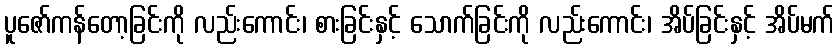
ပူဇော်ကန်တော့ခြင်းကို လည်းကောင်း၊ စားခြင်းနှင့် သောက်ခြင်းကို လည်းကောင်း၊ အိပ်ခြင်းနှင့် အိပ်မက်